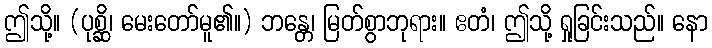
ဤသို့။ (ပုစ္ဆိ၊ မေးတော်မူ၏။) ဘန္တေ၊ မြတ်စွာဘုရား။ ဧတံ၊ ဤသို့ ရှုခြင်းသည်။ နော